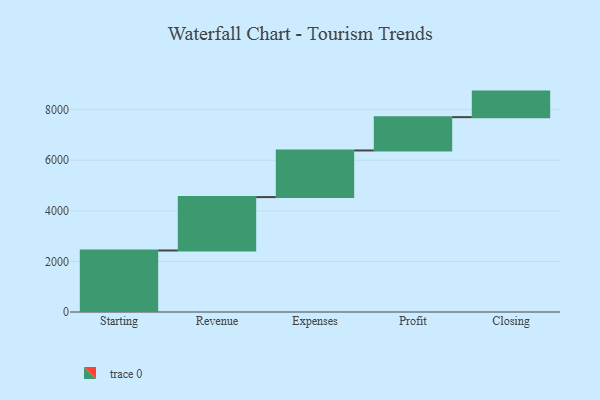
{"axis": {"x": "Step", "y": "Value"}, "legend": [""], "data": [{"x": "Starting", "y": 2432.0, "type": ""}, {"x": "Revenue", "y": 2111.0, "type": ""}, {"x": "Expenses", "y": 1844.0, "type": ""}, {"x": "Profit", "y": 1317.0, "type": ""}, {"x": "Closing", "y": 1010.0, "type": ""}]}